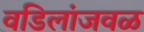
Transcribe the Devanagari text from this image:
वडिलांजवळ